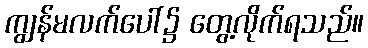
ကျွန်မလက်ပေါ်၌ တွေ့လိုက်ရသည်။